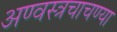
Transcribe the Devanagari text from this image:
अण्वस्त्रचाचण्या